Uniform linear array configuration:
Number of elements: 8
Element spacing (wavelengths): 1
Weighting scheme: uniform
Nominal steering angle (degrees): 15
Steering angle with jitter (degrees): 16.079
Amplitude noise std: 0.05
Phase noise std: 0.05

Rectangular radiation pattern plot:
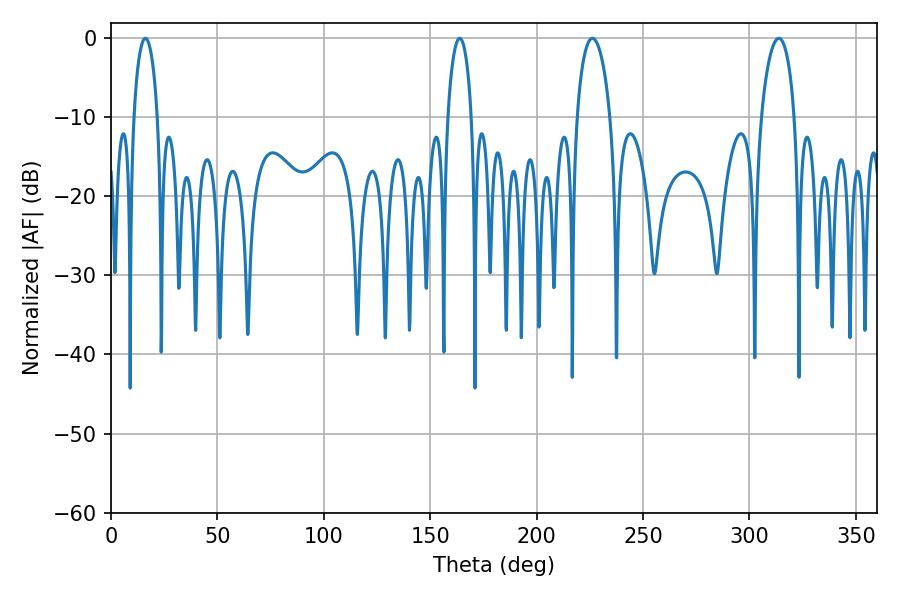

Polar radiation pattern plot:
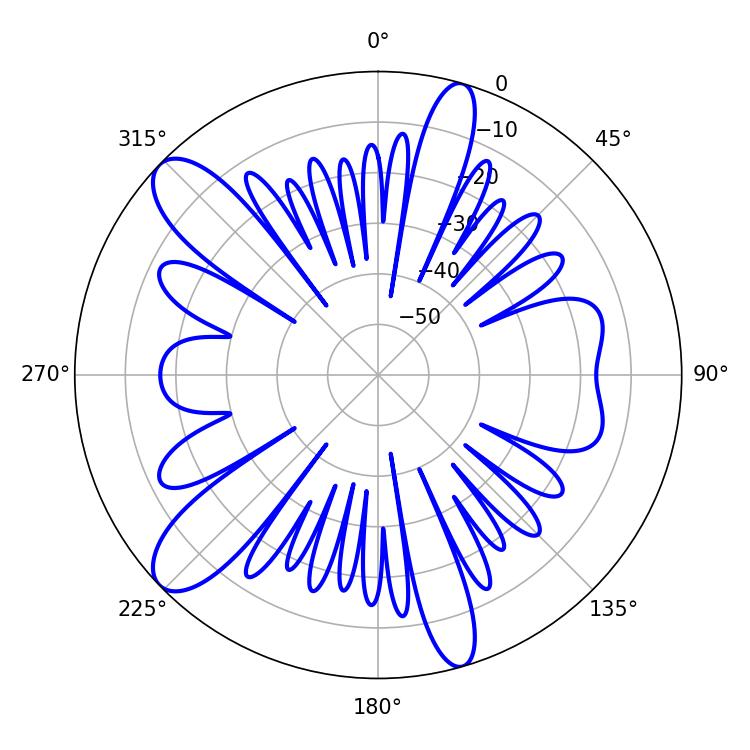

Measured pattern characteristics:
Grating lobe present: TRUE
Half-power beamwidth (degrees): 9
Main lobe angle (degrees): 226.26